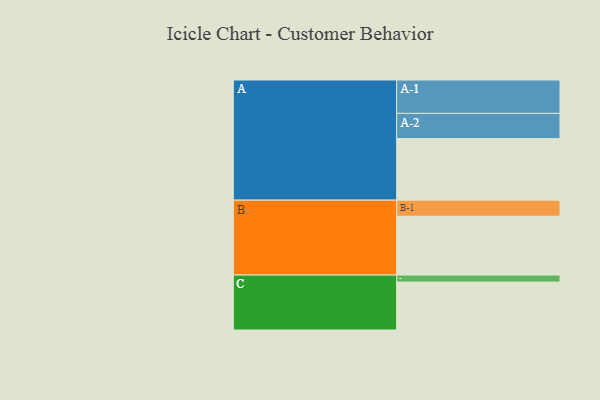
{"axis": {"x": "Segment", "y": "Value"}, "legend": ["", "A", "B", "C"], "data": [{"x": "A", "y": 551, "type": ""}, {"x": "B", "y": 527, "type": ""}, {"x": "C", "y": 429, "type": ""}, {"x": "A-1", "y": 299, "type": "A"}, {"x": "A-2", "y": 226, "type": "A"}, {"x": "B-1", "y": 144, "type": "B"}, {"x": "C-1", "y": 63, "type": "C"}]}